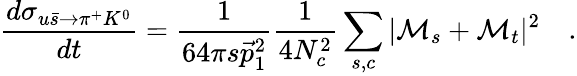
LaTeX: \frac{d\sigma_{u\bar{s}\to\pi^{+}K^{0}}}{dt}=\frac{1}{64\pi s\vec{p}_{1}^{2}}\frac{1}{4N_{c}^{2}}\sum_{s,c}|{\cal M}_{s}+{\cal M}_{t}|^{2}\quad.